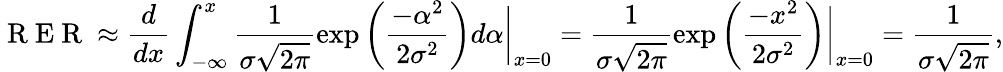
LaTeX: \mathrm{~R~E~R~}\approx\frac{d}{dx}\int_{-\infty}^{x}\frac{1}{\sigma\sqrt{2\pi}}\exp\left(\frac{-\alpha^{2}}{2\sigma^{2}}\right)d\alpha\bigg\rvert_{x=0}=\frac{1}{\sigma\sqrt{2\pi}}\exp\left(\frac{-x^{2}}{2\sigma^{2}}\right)\bigg\rvert_{x=0}=\frac{1}{\sigma\sqrt{2\pi}},